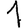
Digit: 1